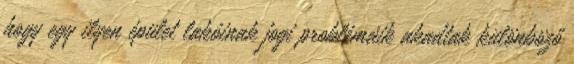
hogy egy ilyen épület lakóinak jogi problémáik akadtak különböző